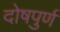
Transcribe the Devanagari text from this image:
दोषपुर्ण